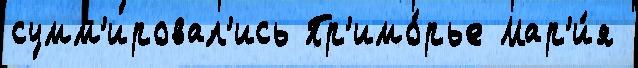
сумм'ировал'ись Пр'имо́рье Мар'и́я